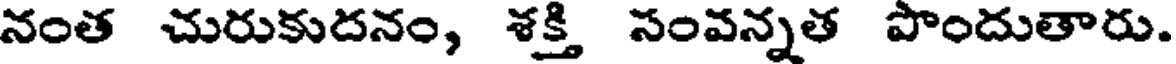
నంత చురుకుదనం, శక్తి సంవన్నత పొందుతారు.